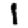
Digit: 1